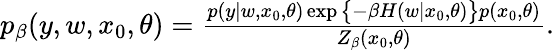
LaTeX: \begin{array}{r}{p_{\beta}(y,w,x_{0},\theta)=\frac{p(y|w,x_{0},\theta)\exp\big\{ -\beta H(w|x_{0},\theta)\big\} p(x_{0},\theta)}{Z_{\beta}(x_{0},\theta)}.}\end{array}